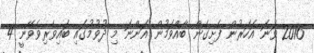
2016 ވަނަ އަހަރުން ފެށިގެން ބާއްވަމުން އަންނަ މި ދުވުމުގައި ބައިވެރިވެވޭނީ 4